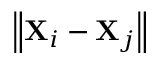
\left\| \mathbf { X } _ { i } - \mathbf { X } _ { j } \right\|